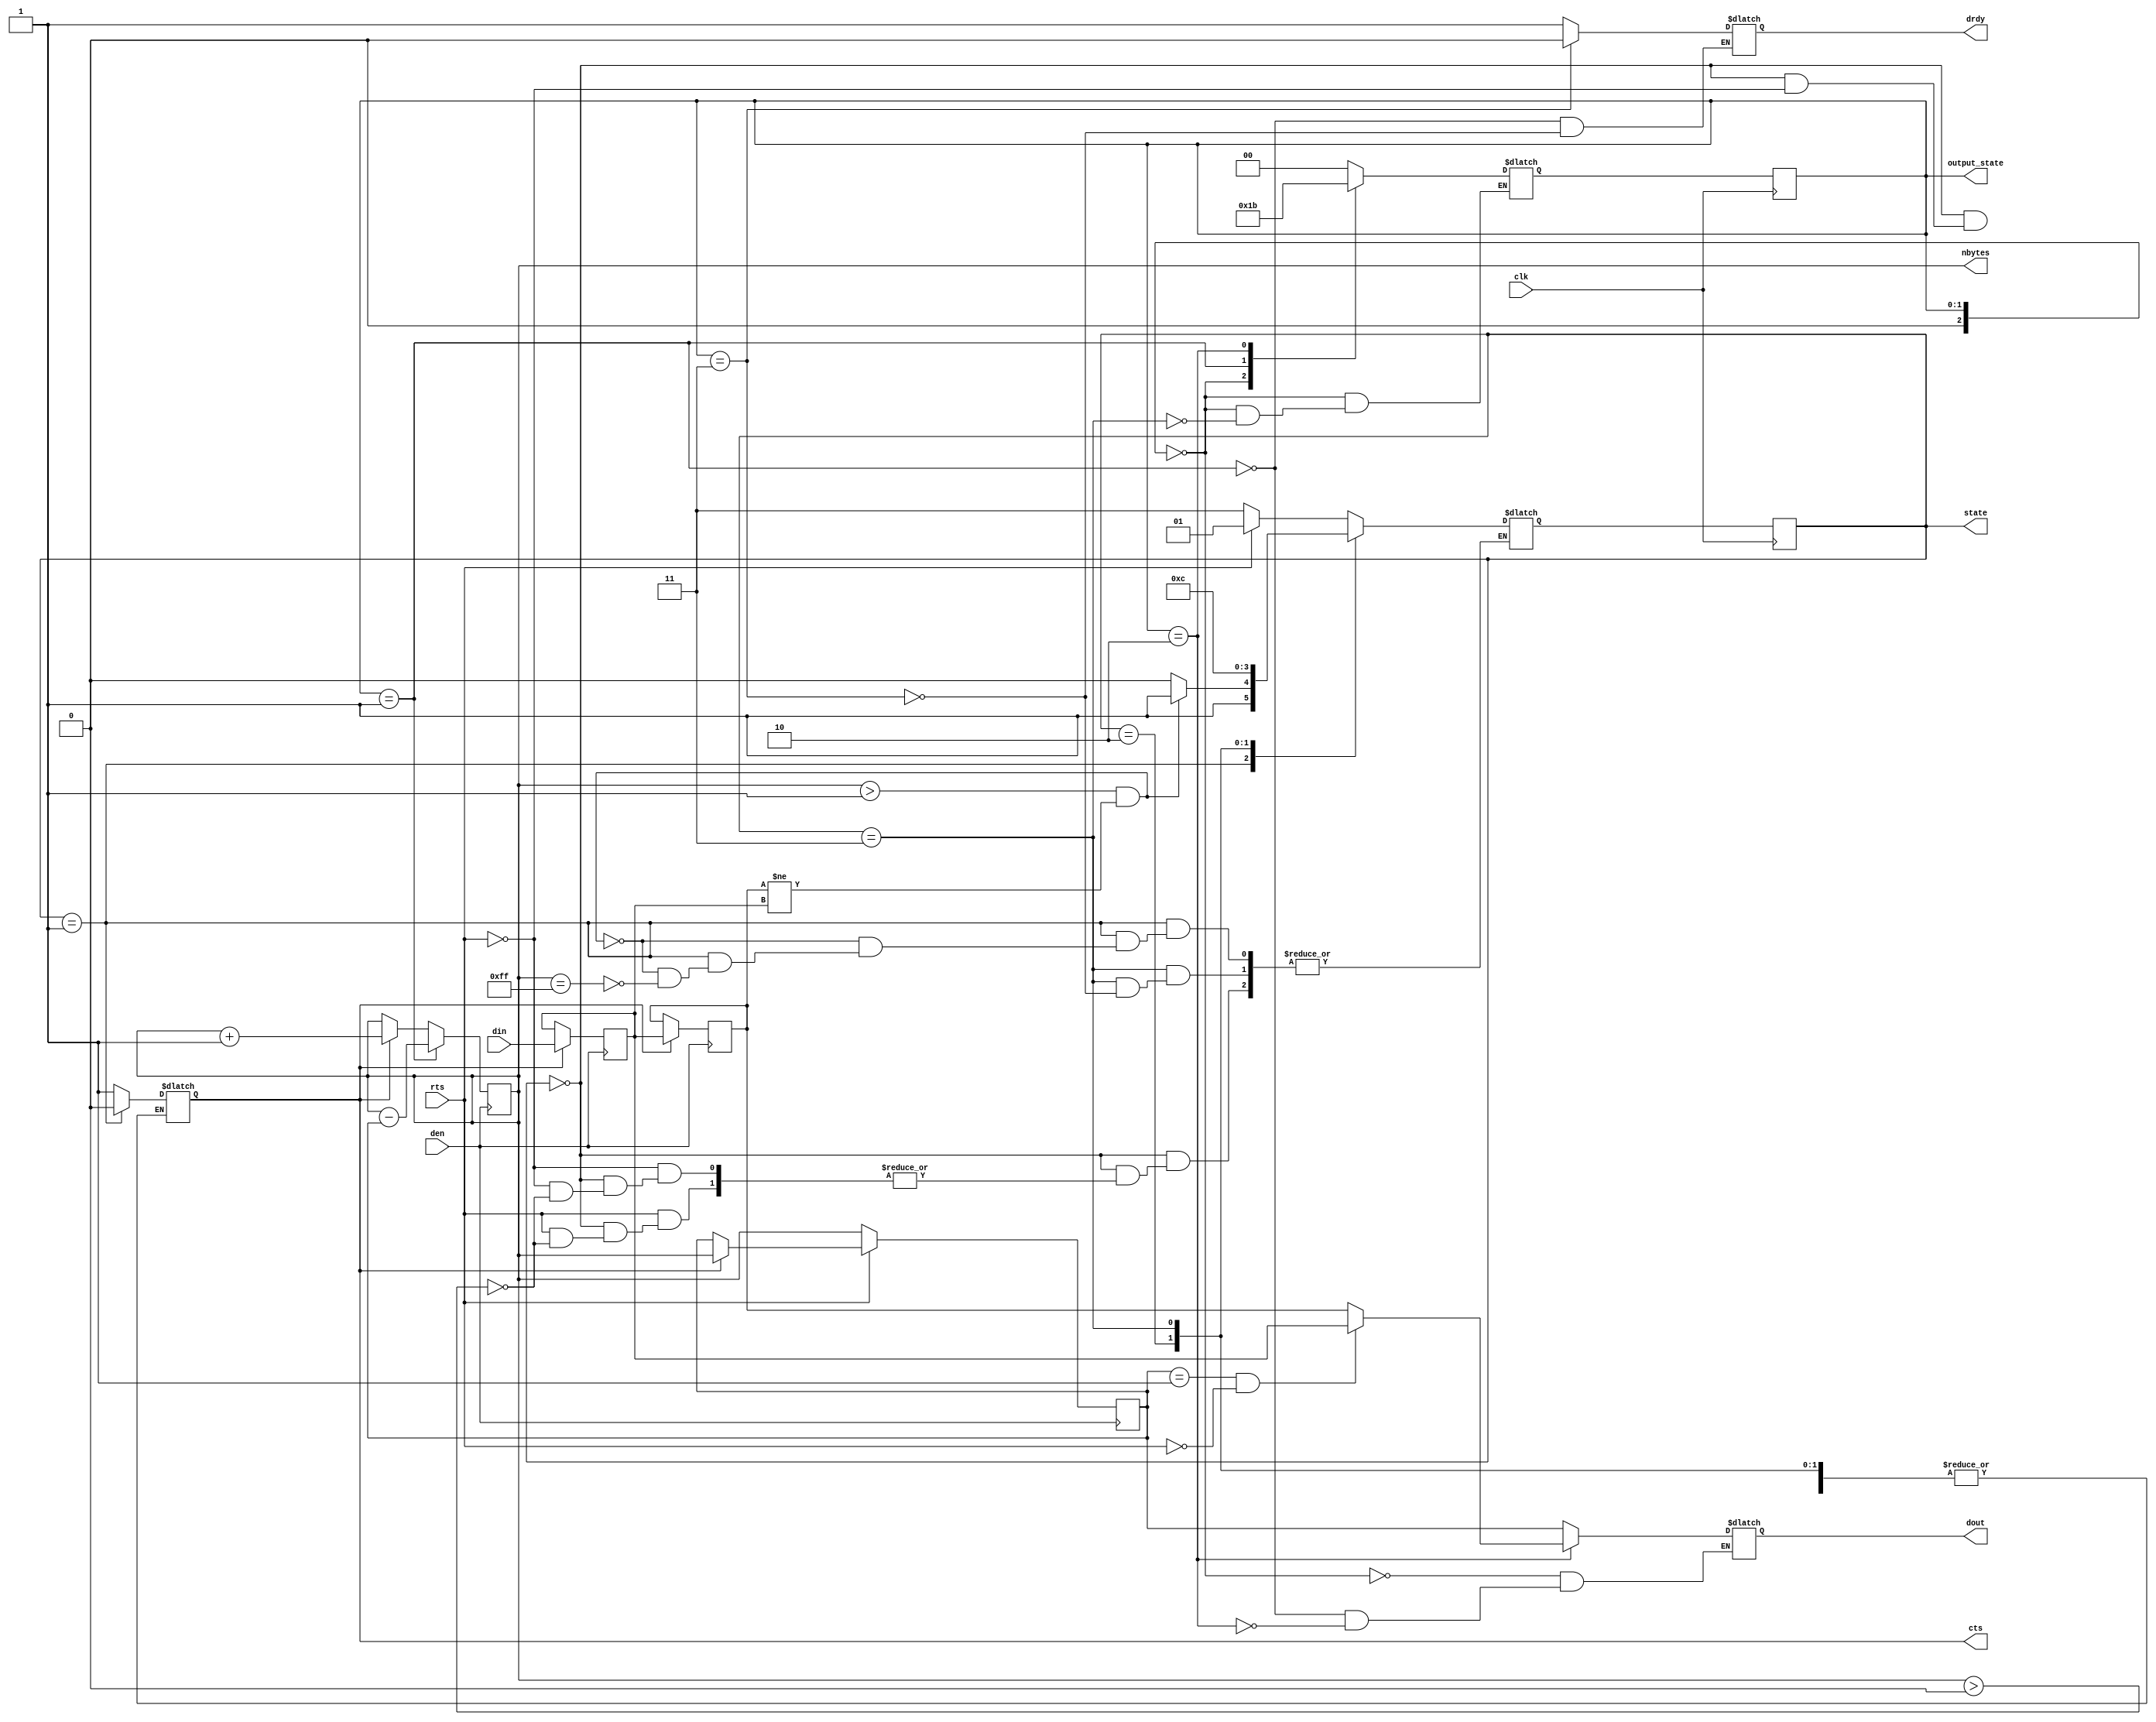
`timescale 1ns / 100ps

/*
Data compression by run length encoding. It replaces continuously repeated occurrence of a byte
by a repeat count and the byte value.
 - If any char 'c' repeats n times in the input stream with n > 2, we output 'nc', for example,
a2a201c2c23a3a3a3a -> 02a2010102c2043a. Worst case being non-repeat char
 Circuit is supplied by two external clocks, datclk (25MHZ), and the primary clock (100MHZ).
 Data strobe on rising edge of dataclk so it can be latched safely on pos edge.
 Fresh byte of data arrive at every data clock (dataclk).
 Data output is signaled by drdy on rising edge of primary clock. Count is strobed on rising
 edge of drdry, and byte value on its falling edge.

$Author: ssop $
$Date: 2016-03-26 11:06:02 -0700 (Sat, 26 Mar 2016) $
$Rev: 50 $
*/
module runlength (
    input clk, //main clock (sys clock)
    input den,  //data input enable use as data clock.
    input rts,
    input [7:0] din,
    output reg [7:0] dout,
    output reg drdy,
    output reg cts,
    output [1:0] state, //for debug
    output [1:0] output_state, //for debug
    output [7:0] nbytes //for debug
    );

    reg [7:0] temp, prev, count;
    localparam RCV_IDLE=0, s1=1, s2=2, FLUSH_DATA=3;
    reg [1:0] current_state, next_state;
    wire dataclk;
    reg [7:0] sent_count;
    localparam IDLE=0, SEND_COUNT=1, SEND_DATA=2, DATA_SENT=3, SEND_FINAL_COUNT=4, SEND_FINAL_DATA=5; //output state
    reg [2:0] current_output_state;
    reg [1:0] next_output_state;

    assign dataclk = den;

    initial begin      //for simulation
        #0 count = 8'h00;
        #0 drdy = 1'b0;
        #0 cts = 1'b0;
        #0 current_state = RCV_IDLE;
        #0 next_state = RCV_IDLE;
        #0 dout = 8'hx;
        sent_count = 8'h0;
    end

    initial begin 
     current_output_state = IDLE;
     next_output_state = IDLE;
     temp = 7'h0;
    end
    /* cts active high to signal sender as clear-to-send. Sender shall not send
    input data if cts is deasserted.
    rts is active high from sender as request-to-send. rts shall remain asserted
    while data being sent. Sender is to drive data by dataclk on cts.
    Sender shall signal end of transmission by deassering rts and remove dataclk.
    cts is a respond to rts from this module.  */
    always@(posedge clk)  current_state <= next_state;
    always@(posedge clk) current_output_state <= next_output_state;

    assign state = current_state; //debug

    always@(current_state, count, rts, current_output_state, prev,temp) begin
        case(current_state)
            RCV_IDLE: begin
                if (rts) begin
                    #2 cts = 1'b1;
                    if (count > 0 )
                        next_state = s1; //normal transition
                end
                else if (count > 0)
                      next_state = FLUSH_DATA;    //final end sequence.
                end
            s1: begin
                if ((count > 1) && (prev != temp)) begin
                    #2 cts = 1'b0;
                    next_state = FLUSH_DATA; //flush this data set if non-repeated byte is detected.
                    end
                else if ( count == 'd255 ) begin
                   #2 cts = 1'b0; 
                   next_state = s2;
                   end
                end
            s2: begin
                //flush all data, final until next rts.
                next_state = FLUSH_DATA;
                end
            FLUSH_DATA: begin
                if (current_output_state == DATA_SENT) 
                    next_state = RCV_IDLE;
                end
        endcase
    end
    /*****************************************************/


    assign nbytes = count; //num of bytes received so far (debug)

    always@(posedge dataclk) begin //slow clock
        if (cts) begin
            prev <= temp;
            temp <= din;
            sent_count <= count;
            count <= count + 1'b1;
        end
        /* update if transmitting data */
        if (current_output_state == SEND_COUNT) begin
            count <= count - sent_count ;
            end
        if (!rts) begin
          sent_count <= count;
          end
    end

    assign output_state = current_output_state; //debug

    always@(current_output_state,rts, current_state) begin
        case (current_output_state)
            IDLE: begin 
                dout = 8'hx;
                if (current_state == FLUSH_DATA)
                    next_output_state  = SEND_COUNT;
                end
            SEND_COUNT: begin
                dout = sent_count; //previous count
                #3 drdy = 1'b1;
                next_output_state = SEND_DATA;
                end
            SEND_DATA: begin 
                if (sent_count == 1 && !rts) dout = temp;
                else
                dout = prev;
                next_output_state = DATA_SENT;
                end
            DATA_SENT: begin 
                #3 drdy = 1'b0;
                next_output_state = IDLE;
                end
            default: next_output_state = IDLE;
        endcase
        end
endmodule